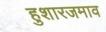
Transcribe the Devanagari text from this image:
हुशारजमाव